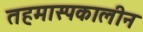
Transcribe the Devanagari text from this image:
तहमास्पकालीन